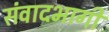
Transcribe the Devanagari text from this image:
संवादभागी